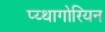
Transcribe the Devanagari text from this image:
प्य्थागोरियन